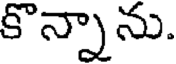
కొన్నాను.